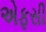
એફસી